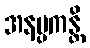
အနပ္ပကန္တိ